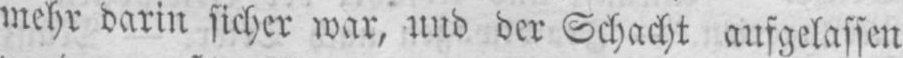
mehr darin sicher war, und der Schacht ausgelassen